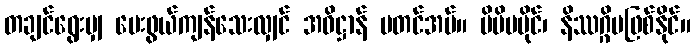
တချင်ရွေးမျှ ပေးဖွယ်ကျန်သေးလျှင် အဓိဋ္ဌာန် မတင်အပ်။ မိမိမပိုင်၊ နိဿဂ္ဂိမဖြစ်နိုင်။